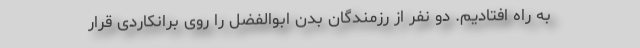
به راه افتادیم. دو نفر از رزمندگان بدن ابوالفضل را روی برانکاردی قرار